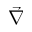
\vec { \nabla }